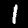
Label: 1